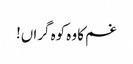
غم کا وہ کوہ گراں!